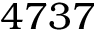
4 7 3 7